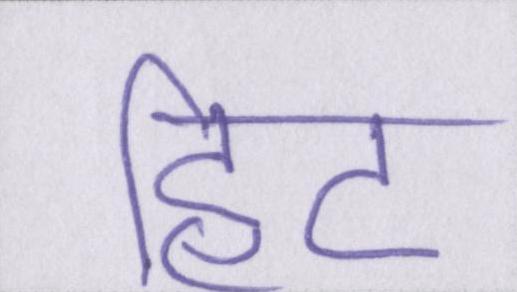
हिट